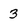
Character: 3